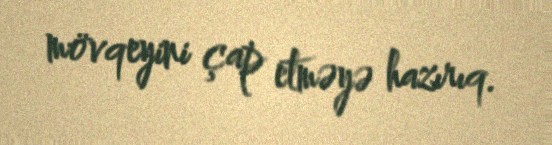
mövqeyini çap etməyə hazırıq.